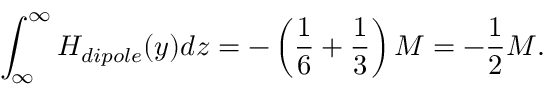
\int _ { \infty } ^ { \infty } H _ { d i p o l e } ( y ) d z = - \left( { \frac { 1 } { 6 } } + { \frac { 1 } { 3 } } \right) M = - \frac { 1 } { 2 } M .